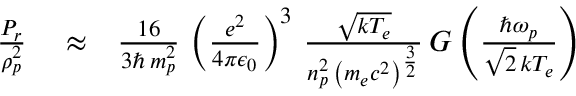
\begin{array} { r l r } { \frac { P _ { r } } { \rho _ { p } ^ { 2 } } } & { { } \approx } & { \frac { 1 6 } { 3 \hbar \, m _ { p } ^ { 2 } } \, \left( \frac { e ^ { 2 } } { 4 \pi \epsilon _ { 0 } } \right) ^ { 3 } \, \frac { \sqrt { k T _ { e } } } { n _ { p } ^ { 2 } \, \left( m _ { e } c ^ { 2 } \right) ^ { \frac { 3 } { 2 } } } \, G \left( \frac { \hbar \omega _ { p } } { \sqrt { 2 } \, k T _ { e } } \right) } \end{array}